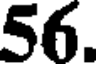
56.